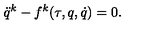
\ddot { q } ^ { k } - f ^ { k } ( \tau , q , \dot { q } ) = 0 .